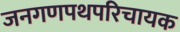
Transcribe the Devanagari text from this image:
जनगणपथपरिचायक